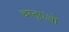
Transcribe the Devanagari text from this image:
वस्तुएओं